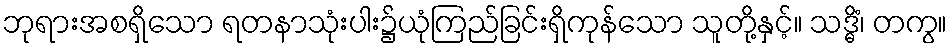
ဘုရားအစရှိသော ရတနာသုံးပါး၌ယုံကြည်ခြင်းရှိကုန်သော သူတို့နှင့်။ သဒ္ဓိံ၊ တကွ။